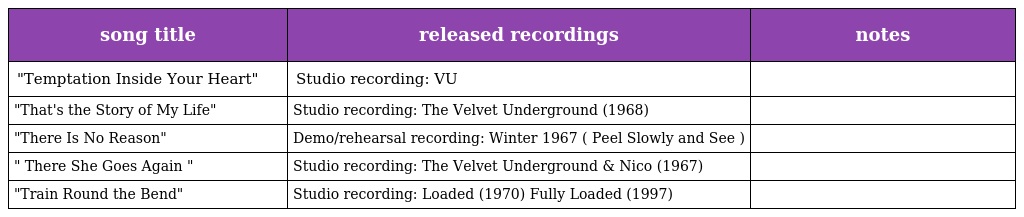
| song title | released recordings | notes |
 | --- | --- | --- |
 | "Temptation Inside Your Heart" | Studio recording: VU |  |
 | "That's the Story of My Life" | Studio recording: The Velvet Underground (1968) |  |
 | "There Is No Reason" | Demo/rehearsal recording: Winter 1967 ( Peel Slowly and See ) |  |
 | " There She Goes Again " | Studio recording: The Velvet Underground & Nico (1967) |  |
 | "Train Round the Bend" | Studio recording: Loaded (1970) Fully Loaded (1997) |  |